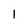
Character: 1